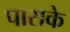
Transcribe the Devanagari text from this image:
पासके